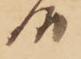
候